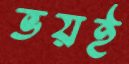
ভয়ই